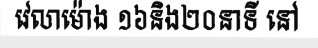
វេលាម៉ោង ១៦និង២០នាទី នៅ